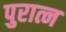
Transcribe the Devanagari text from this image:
पुरात्न